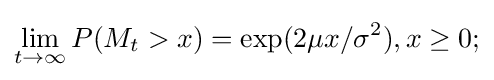
\lim _{t\rightarrow \infty }P(M_{t}>x)=\exp(2\mu x/\sigma ^{2}),x\geq 0;